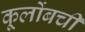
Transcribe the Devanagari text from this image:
कूलोंबची